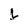
Character: L